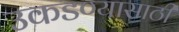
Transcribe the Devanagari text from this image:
उकडण्यासाठी